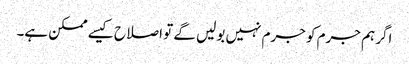
اگر ہم جرم کو جرم نہیں بولیں گے تو اصلاح کیسے ممکن ہے۔